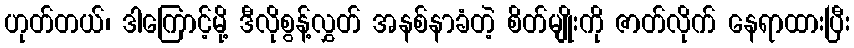
ဟုတ်တယ်၊ ဒါကြောင့်မို့ ဒီလိုစွန့်လွှတ် အနစ်နာခံတဲ့ စိတ်မျိုးကို ဇာတ်လိုက် နေရာထားပြီး